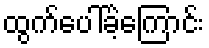
ထွက်ပေါ်ခဲ့ကြောင်း